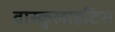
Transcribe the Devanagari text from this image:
वास्कुलाइटिस